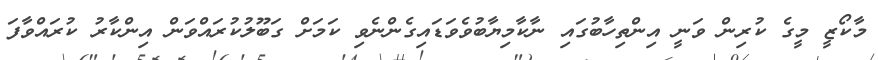
މާކޯޒީ މީގެ ކުރިން ވަނީ އިންތިހާބުގައި ނާކާމިޔާބުވެވަޑައިގެންނެވި ކަމަށް ގަބޫލުކުރައްވަން އިންކާރު ކުރައްވާފަ